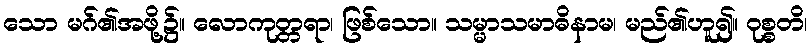
သော မဂ်၏အဖို့၌။ လောကုတ္တရာ၊ ဖြစ်သော။ သမ္မာသမာဓိနာမ၊ မည်၏ဟူ၍။ ဝုစ္စတိ၊